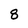
Character: 8